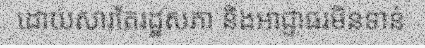
ដោយសារតែរដ្ឋសភា និងអាជ្ញាធរមិនទាន់